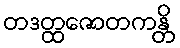
တဒတ္ထဇောတကန္တိ